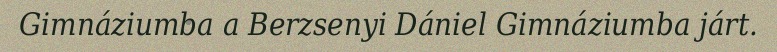
Gimnáziumba a Berzsenyi Dániel Gimnáziumba járt.